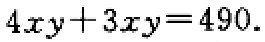
\(4xy + 3xy = 490\)